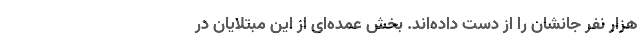
هزار نفر جانشان را از دست داده‌اند. بخش عمده‌ای از این مبتلایان در